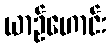
ယာဉ်ဟောင်း